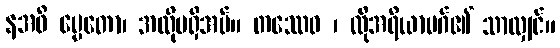
နအဓိ ပ္ပေတော၊ အလိုမရှိအပ်။ တဿေဝ ၊ ထိုအရိယာမဂ်၏ သာလျှင်။